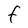
Character: F